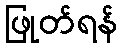
ဖြုတ်ရန်